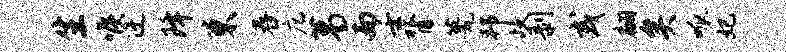
生喉迂降束舂庀葛而壬膂甍邦歧剥或翩矣呱妃